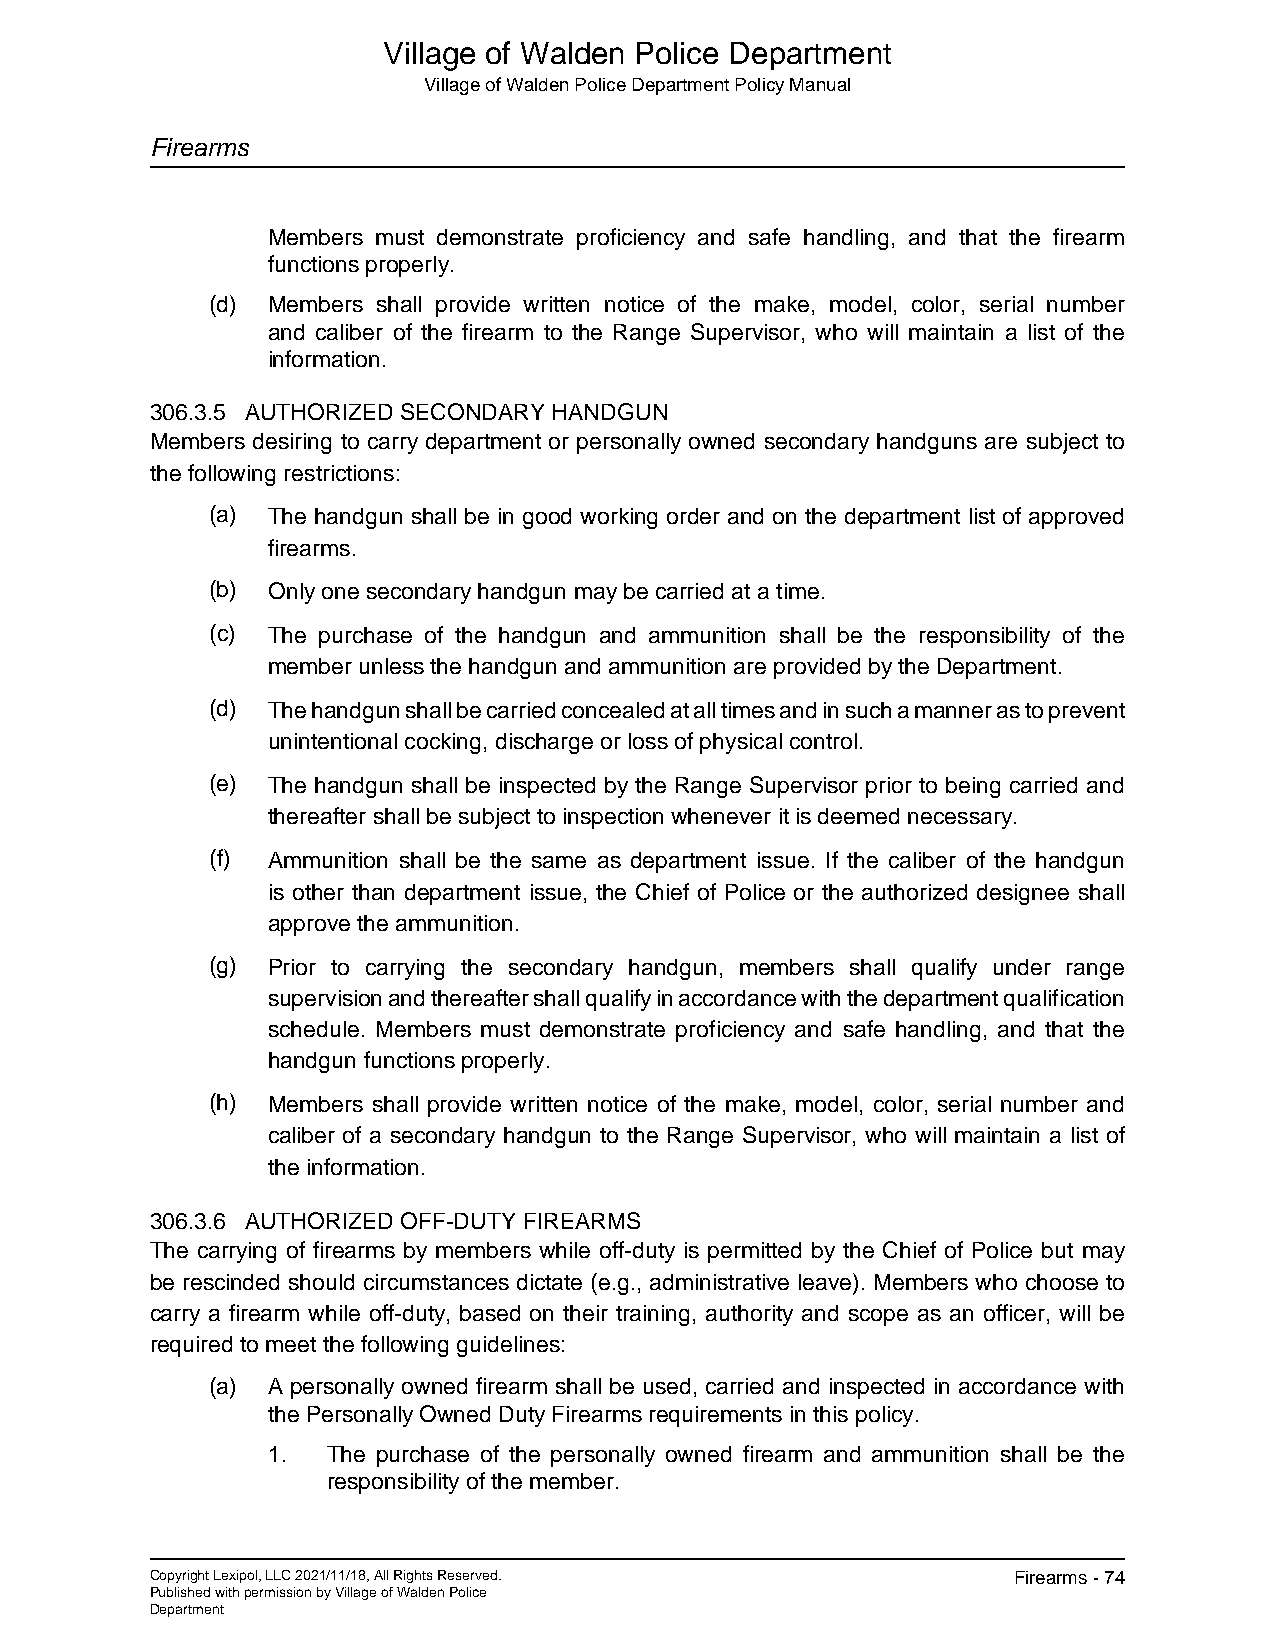
Village of Walden Police Department
 Village of Walden Police Department Policy Manual
 Firearms
 Members must demonstrate proficiency and safe handling, and that the firearm
 functions properly.
 (d) Members shall provide written notice of the make, model, color, serial number
 and caliber of the firearm to the Range Supervisor, who will maintain a list of the
 information.
 306.3.5 AUTHORIZED SECONDARY HANDGUN
 Members desiring to carry department or personally owned secondary handguns are subject to
 the following restrictions:
 (a) The handgun shall be in good working order and on the department list of approved
 firearms.
 (b) Only one secondary handgun may be carried at a time.
 (c) The purchase of the handgun and ammunition shall be the responsibility of the
 member unless the handgun and ammunition are provided by the Department.
 (d) The handgun shall be carried concealed at all times and in such a manner as to prevent
 unintentional cocking, discharge or loss of physical control.
 (e) The handgun shall be inspected by the Range Supervisor prior to being carried and
 thereafter shall be subject to inspection whenever it is deemed necessary.
 (f) Ammunition shall be the same as department issue. If the caliber of the handgun
 is other than department issue, the Chief of Police or the authorized designee shall
 approve the ammunition.
 (g) Prior to carrying the secondary handgun, members shall qualify under range
 supervision and thereafter shall qualify in accordance with the department qualification
 schedule. Members must demonstrate proficiency and safe handling, and that the
 handgun functions properly.
 (h) Members shall provide written notice of the make, model, color, serial number and
 caliber of a secondary handgun to the Range Supervisor, who will maintain a list of
 the information.
 306.3.6 AUTHORIZED OFF-DUTY FIREARMS
 The carrying of firearms by members while off-duty is permitted by the Chief of Police but may
 be rescinded should circumstances dictate (e.g., administrative leave). Members who choose to
 carry a firearm while off-duty, based on their training, authority and scope as an officer, will be
 required to meet the following guidelines:
 (a) A personally owned firearm shall be used, carried and inspected in accordance with
 the Personally Owned Duty Firearms requirements in this policy.
 1.  The purchase of the personally owned firearm and ammunition shall be the
 responsibility of the member.
 Copyright Lexipol, LLC 2021/11/18, All Rights Reserved.  Firearms - 74
 Published with permission by Village of Walden Police
 Department